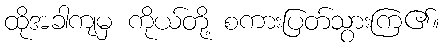
ထိုအခါကျမှ ကိုယ်တို့ စကားပြတ်သွားကြ၏။